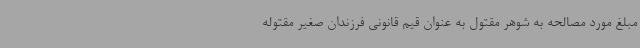
مبلغ مورد مصالحه به شوهر مقتول به عنوان قیم قانونی فرزندان صغیر مقتوله